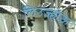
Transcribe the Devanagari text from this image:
लिउज्होऊ